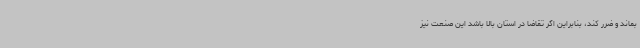
بماند و ضرر کند، بنابراین اگر تقاضا در استان بالا باشد این صنعت نیز